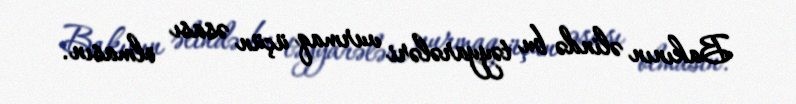
Bakının əlində bu təyyarələri vurmaq üçün əsası olmasın.